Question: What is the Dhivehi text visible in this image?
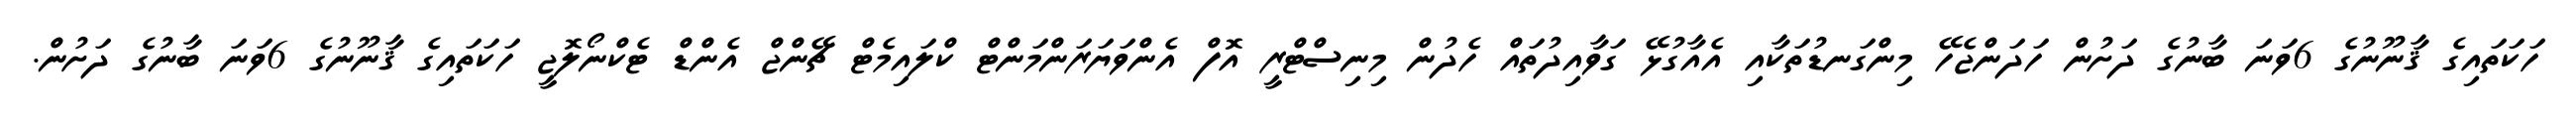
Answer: ހަކަތައިގެ ޤާނޫނުގެ 6ވަނަ ބާނުގެ ދަށުން ހަދަންޖެހޭ މިންގަނޑުތަކާއި އެއާގުޅޭ ގަވާއިދުތައް ހެދުން މިނިސްޓްރީ އޮފް އެންވަޔަރަންމަންޓް ކްލައިމެޓް ޗޭންޖް އެންޑް ޓެކްނޯލޮޖީ ހަކަތައިގެ ޤާނޫނުގެ 6ވަނަ ބާނުގެ ދަށުން.